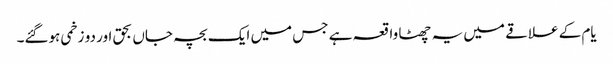
یام کے علاقے میں یہ چھٹا واقعہ ہے جس میں ایک بچہ جاں بحق اور دو زخمی ہوگئے۔